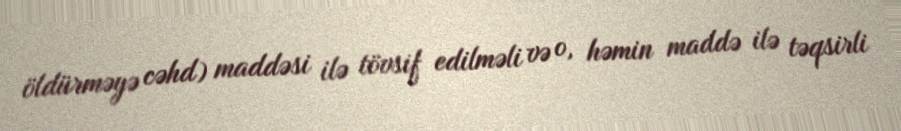
öldürməyə cəhd) maddəsi ilə tövsif edilməli və o, həmin maddə ilə təqsirli